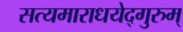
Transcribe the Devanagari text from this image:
सत्यमाराधयेद्गुरुम्